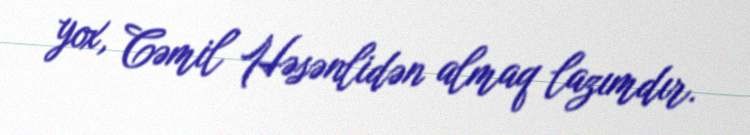
yox, Cəmil Həsənlidən almaq lazımdır.